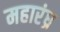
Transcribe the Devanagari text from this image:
महारंध्र